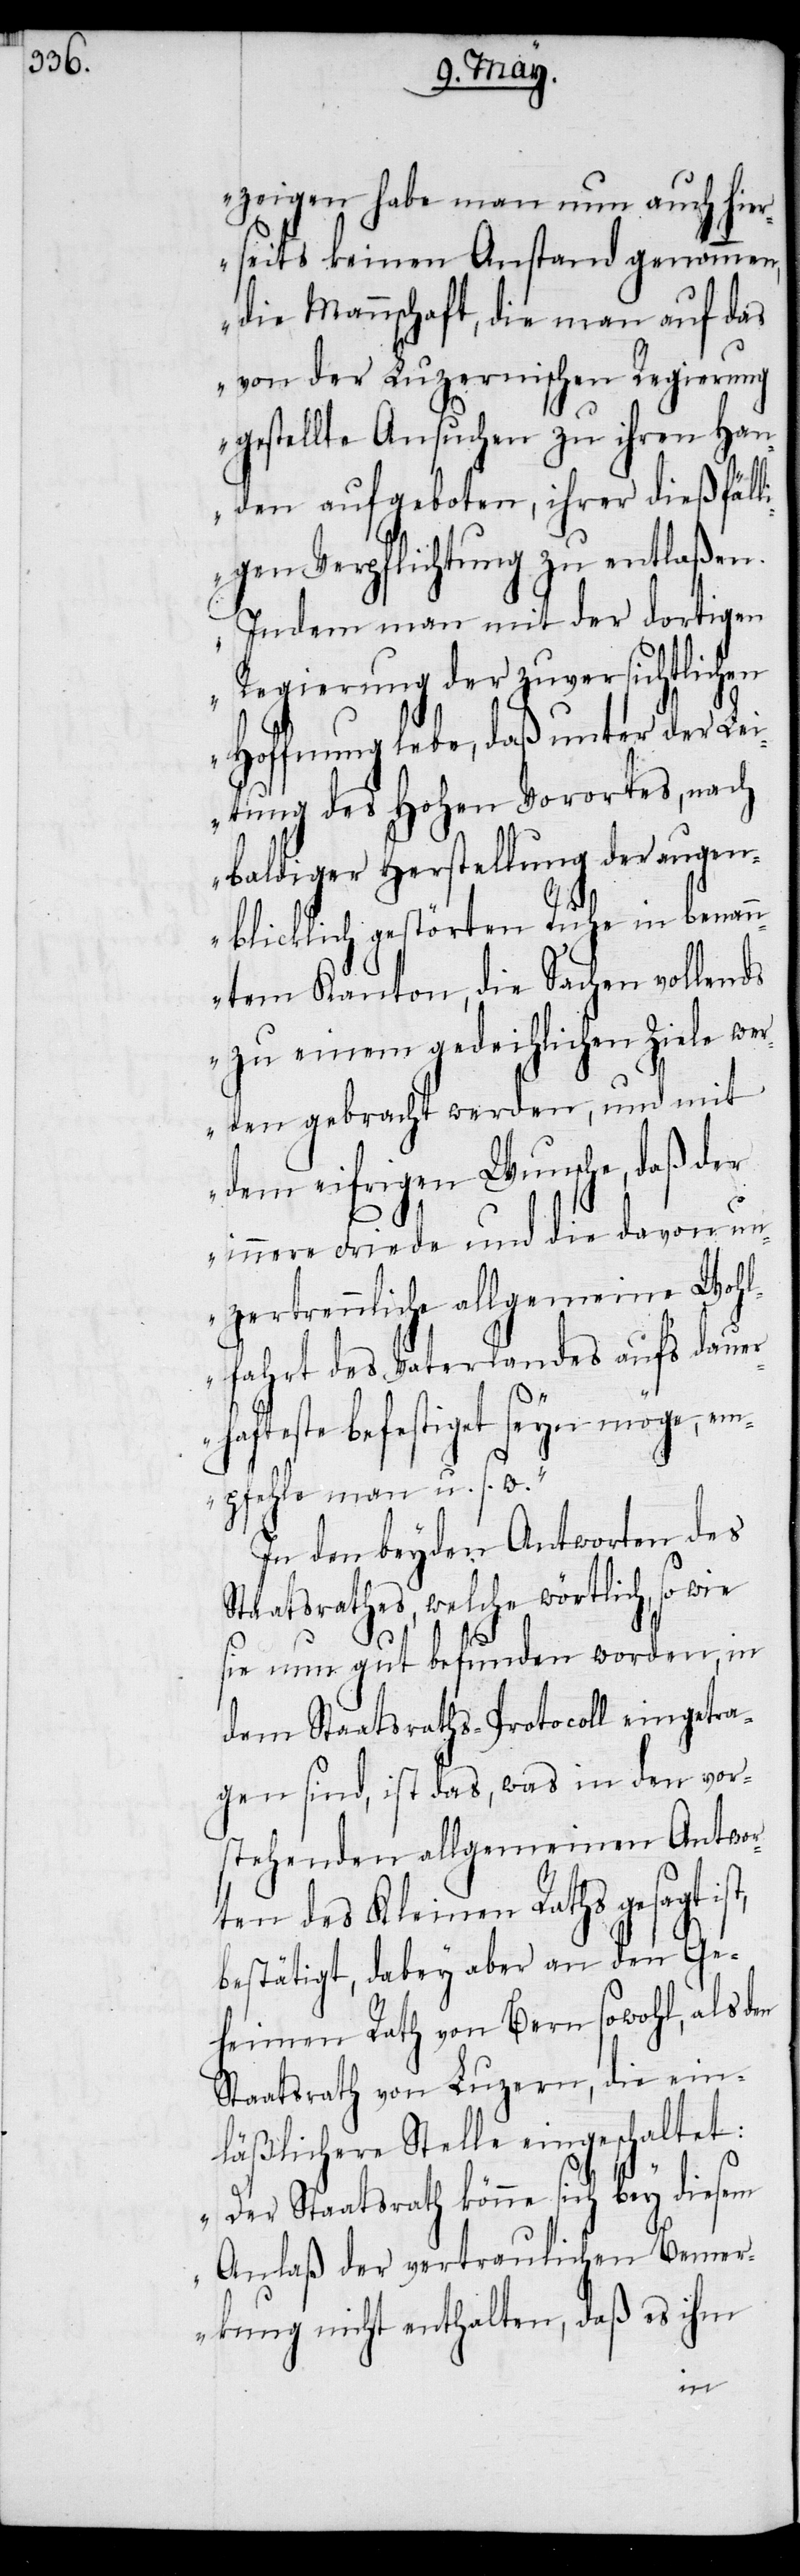
zeigen habe man nun auch hier¬
seits keinen Anstand genommen,
die Mannschaft, die man auf das
von der Luzernischen Regierung
gestellte Ansuchen zu ihren Han¬
den aufgeboten, ihrer dießfäll¬
igen Verpflichtung zu entlaßen.
Indem man mit der dortigen
Regierung der zuversichtlichen
Hoffnung lebe, daß unter der Le¬
itung des Hohen Vorortes, nach
baldiger Herstellung der augen¬
blicklich gestörten Ruhe in benann¬
tem Kanton, die Sachen vollends
zu einem gedeihlichen Ziele wer¬
den gebracht werden, und mit
dem eifrigen Wunsche, daß der
innere Friede und die davon un¬
zertrennliche allgemeine Wohl¬
fahrt des Vaterlandes auf’s daue¬
rhafteste befestiget seyn möge, em¬
pfehle man u. s. w.“
In den beyden Antworten des
Staatsrathes, welche wörtlich, so wie
sie nun gut befunden worden, in
dem Staatsraths-Protocoll eingetra¬
gen sind, ist das, was in den vor¬
stehenden allgemeinen Antwor¬
ten des Kleinen Raths gesagt
bestätigt, dabey aber an den Ge¬
heimen Rath von Bern sowohl, als den
Staatsrath von Luzern, die ein¬
läßlichere Stelle eingeschaltet:
„Der Staatsrath könne sich bey diesem
Anlaß der vertraulichen Bemer¬
kung nicht enthalten, daß es ihm